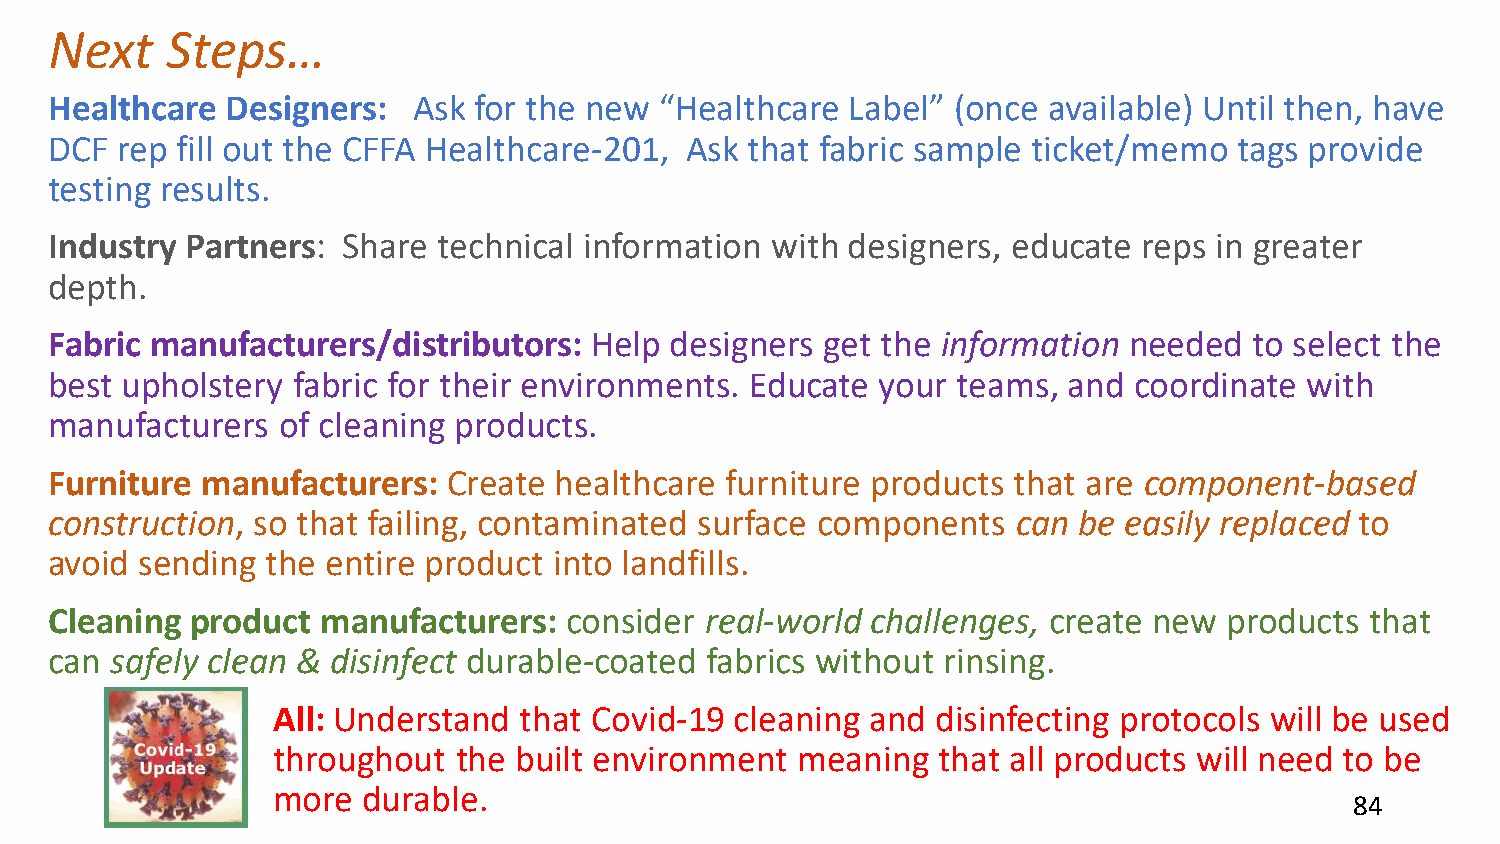
Next    Steps…
 Healthcare  Designers:  Ask for the new  “Healthcare Label” (once available) Until then, have
 DCF  rep fill out the CFFA Healthcare-201, Ask that fabric sample ticket/memo  tags provide
 testing results.
 Industry Partners:  Share technical information with designers, educate  reps in greater
 depth.
 Fabric manufacturers/distributors:  Help designers  get the information needed  to select the
 best upholstery fabric for their environments. Educate your teams,  and coordinate  with
 manufacturers   of cleaning products.
 Furniture manufacturers:   Create healthcare furniture products that are component-based
 construction, so that failing, contaminated surface components  can be easily replaced to
 avoid sending  the entire product into landfills.
 Cleaning  product manufacturers:  consider  real-world challenges, create new products  that
 can safely clean & disinfect durable-coated fabrics without rinsing.
 All: Understand that Covid-19  cleaning and disinfecting protocols will be used
 throughout  the built environment  meaning  that all products will need to be
 more  durable.
 84